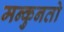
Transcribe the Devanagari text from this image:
मन्कुनतो